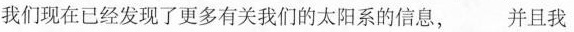
我们现在已经发现了更多有关我们的太阳系的信息,并且我